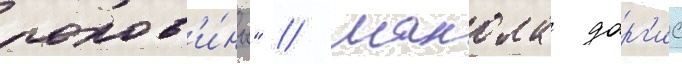
полов'и́ны" // Манола дарг'ис